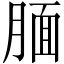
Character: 腼